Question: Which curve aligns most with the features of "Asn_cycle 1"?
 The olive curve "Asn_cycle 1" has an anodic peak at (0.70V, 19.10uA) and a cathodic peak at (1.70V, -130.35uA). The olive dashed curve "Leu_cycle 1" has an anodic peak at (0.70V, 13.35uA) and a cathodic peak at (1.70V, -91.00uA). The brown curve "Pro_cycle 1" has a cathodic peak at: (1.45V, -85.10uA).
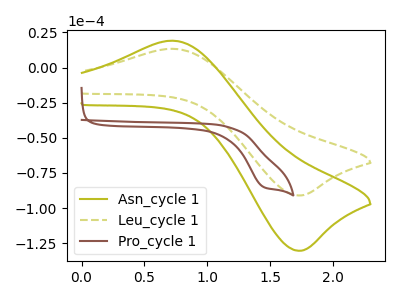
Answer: <think>All the peaks in "Asn_cycle 1" have a peak in "Leu_cycle 1" at the same potential. Every peak in "Asn_cycle 1" is higher than every peak in "Leu_cycle 1". "Asn_cycle 1" and "Pro_cycle 1" have a different number of peaks. "Leu_cycle 1" and "Pro_cycle 1" have a different number of peaks.
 </think>
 <answer>The CV with the most similar shape to "Leu_cycle 1" is "Asn_cycle 1".</answer>
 <eval>"Asn_cycle 1"</eval>